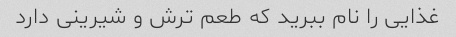
غذایی را نام ببرید که طعم ترش و شیرینی دارد